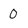
Character: O